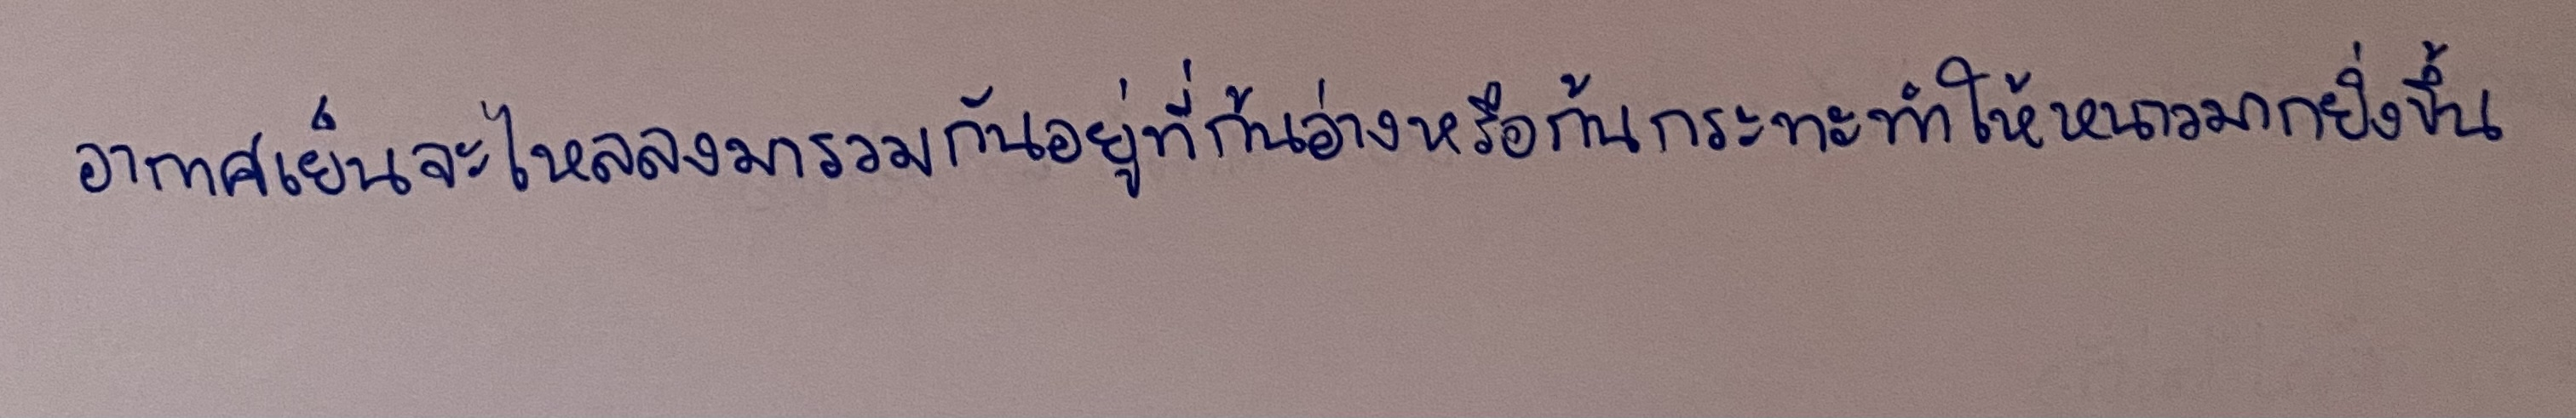
อากาศเย็นจะไหลลงมารวมกันอยู่ที่ก้นอ่างหรือก้นกระทะทำให้หนาวมากยิ่งขึ้น